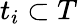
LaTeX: t_{i}\subset T